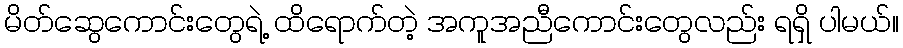
မိတ်ဆွေကောင်းတွေရဲ့ ထိရောက်တဲ့ အကူအညီကောင်းတွေလည်း ရရှိ ပါမယ်။